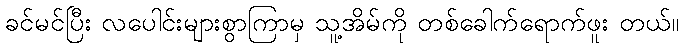
ခင်မင်ပြီး လပေါင်းများစွာကြာမှ သူ့အိမ်ကို တစ်ခေါက်ရောက်ဖူး တယ်။